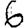
Digit: 6